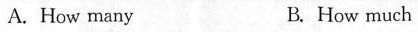
A. How many B. How much